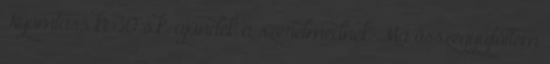
Nyomtass ki 30 s.k. ajándék a szerelmednek Ma összegyűjtöttem